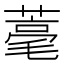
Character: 𦹾